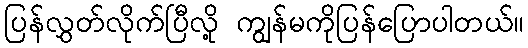
ပြန်လွှတ်လိုက်ပြီလို့ ကျွန်မကိုပြန်ပြောပါတယ်။